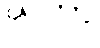
ဃတွာ